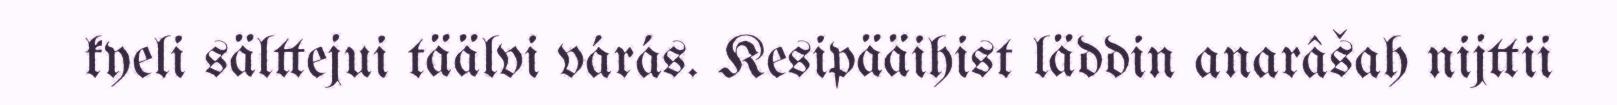
kyeli sälttejui täälvi várás. Kesipääihist läddin anarâšah nijttii